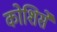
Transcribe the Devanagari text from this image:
कोशिसे